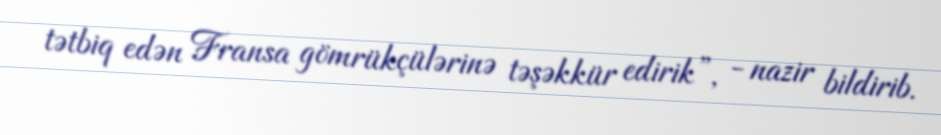
tətbiq edən Fransa gömrükçülərinə təşəkkür edirik”, - nazir bildirib.